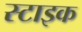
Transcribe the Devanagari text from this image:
स्टाइक